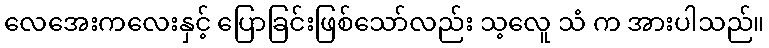
လေအေးကလေးနှင့် ပြောခြင်းဖြစ်သော်လည်း သ့လေူ သံ က အားပါသည်။